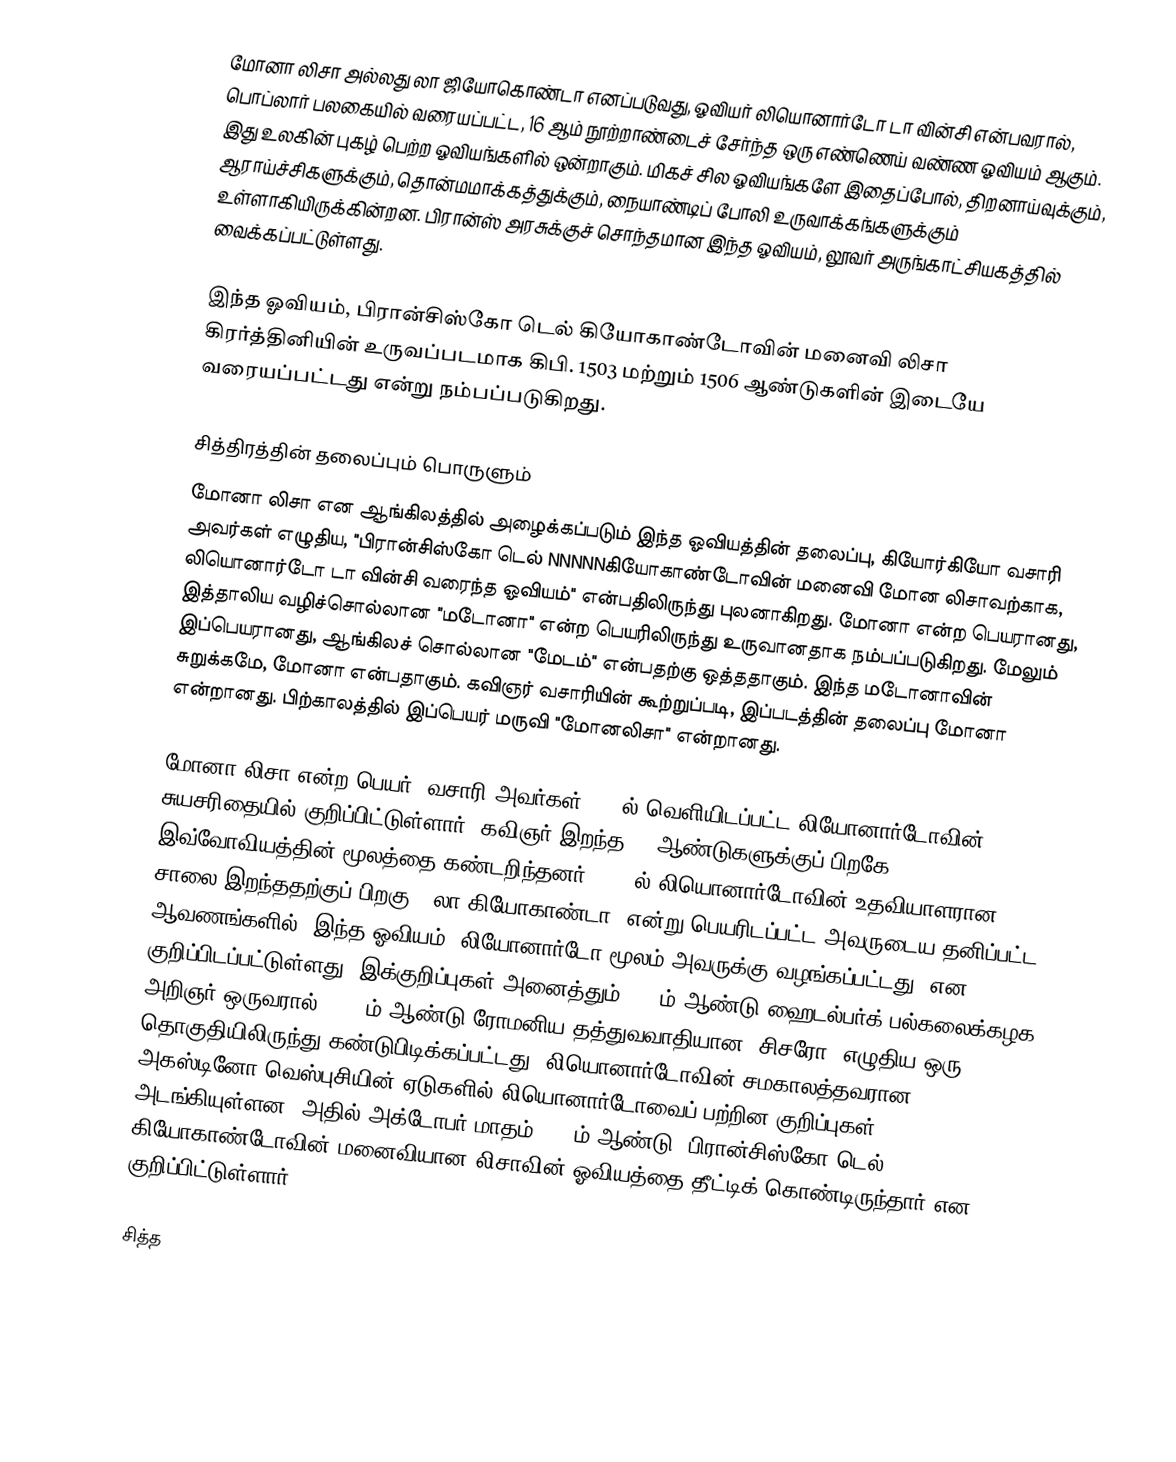
மோனா லிசா அல்லது லா ஜியோகொண்டா எனப்படுவது, ஓவியர் லியொனார்டோ டா வின்சி என்பவரால், பொப்லார் பலகையில் வரையப்பட்ட, 16 ஆம் நூற்றாண்டைச் சேர்ந்த ஒரு எண்ணெய் வண்ண ஓவியம் ஆகும். இது உலகின் புகழ் பெற்ற ஓவியங்களில் ஒன்றாகும். மிகச் சில ஓவியங்களே இதைப்போல், திறனாய்வுக்கும், ஆராய்ச்சிகளுக்கும், தொன்மமாக்கத்துக்கும், நையாண்டிப் போலி உருவாக்கங்களுக்கும் உள்ளாகியிருக்கின்றன. பிரான்ஸ் அரசுக்குச் சொந்தமான இந்த ஓவியம், லூவர் அருங்காட்சியகத்தில் வைக்கப்பட்டுள்ளது.

இந்த ஓவியம், பிரான்சிஸ்கோ டெல் கியோகாண்டோவின் மனைவி லிசா கிரர்த்தினியின் உருவப்படமாக கிபி. 1503 மற்றும் 1506 ஆண்டுகளின் இடையே வரையப்பட்டது என்று நம்பப்படுகிறது.

சித்திரத்தின் தலைப்பும் பொருளும்
மோனா லிசா என ஆங்கிலத்தில் அழைக்கப்படும் இந்த ஓவியத்தின் தலைப்பு, கியோர்கியோ வசாரி அவர்கள் எழுதிய, "பிரான்சிஸ்கோ டெல்   NNNNNகியோகாண்டோவின் மனைவி மோன லிசாவற்காக, லியொனார்டோ டா வின்சி வரைந்த ஓவியம்" என்பதிலிருந்து புலனாகிறது. மோனா என்ற பெயரானது, இத்தாலிய வழிச்சொல்லான "மடோனா" என்ற பெயரிலிருந்து உருவானதாக நம்பப்படுகிறது. மேலும் இப்பெயரானது, ஆங்கிலச் சொல்லான "மேடம்" என்பதற்கு ஒத்ததாகும். இந்த மடோனாவின் சுறுக்கமே, மோனா என்பதாகும். கவிஞர் வசாரியின் கூற்றுப்படி, இப்படத்தின் தலைப்பு மோனா என்றானது. பிற்காலத்தில் இப்பெயர் மருவி "மோனலிசா" என்றானது.

மோனா லிசா என்ற பெயர், வசாரி அவர்கள் 1550ல் வெளியிடப்பட்ட லியோனார்டோவின் சுயசரிதையில் குறிப்பிட்டுள்ளார். கவிஞர் இறந்த 31 ஆண்டுகளுக்குப் பிறகே இவ்வோவியத்தின் மூலத்தை கண்டறிந்தனர். 1525ல்,லியொனார்டோவின் உதவியாளரான சாலை இறந்ததற்குப் பிறகு, "லா கியோகாண்டா" என்று பெயரிடப்பட்ட அவருடைய தனிப்பட்ட ஆவணங்களில், இந்த ஓவியம் "லியோனார்டோ மூலம் அவருக்கு வழங்கப்பட்டது" என குறிப்பிடப்பட்டுள்ளது. இக்குறிப்புகள் அனைத்தும் 2005ம் ஆண்டு ஹைடல்பர்க் பல்கலைக்கழக அறிஞர் ஒருவரால், 1477ம் ஆண்டு ரோமனிய தத்துவவாதியான "சிசரோ" எழுதிய ஒரு தொகுதியிலிருந்து கண்டுபிடிக்கப்பட்டது. லியொனார்டோவின் சமகாலத்தவரான அகஸ்டினோ வெஸ்புசியின் ஏடுகளில் லியொனார்டோவைப் பற்றின குறிப்புகள் அடங்கியுள்ளன. அதில் அக்டோபர் மாதம் 1503ம் ஆண்டு, பிரான்சிஸ்கோ டெல் கியோகாண்டோவின் மனைவியான லிசாவின் ஓவியத்தை தீட்டிக் கொண்டிருந்தார் என குறிப்பிட்டுள்ளார்..

சித்த